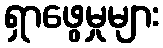
ရှာဖွေမှုများ